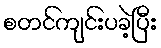
စတင်ကျင်းပခဲ့ပြီး